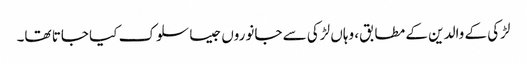
لڑکی کے والدین کے مطابق، وہاں لڑکی سے جانوروں جیسا سلوک کیا جاتا تھا۔